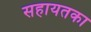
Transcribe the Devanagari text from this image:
सहायतका